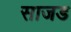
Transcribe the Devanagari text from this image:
साजड